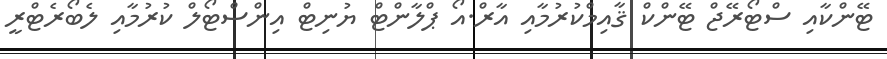
ޓޭންކާއި ސްޓޯރޭޖް ޓޭންކް ޤާއިމްކުރުމާއި އާރް.އޯ ޕްލާންޓް ޔުނިޓް އިންސްޓޯލް ކުރުމާއި ލެބޯރެޓްރީ